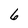
Character: 6